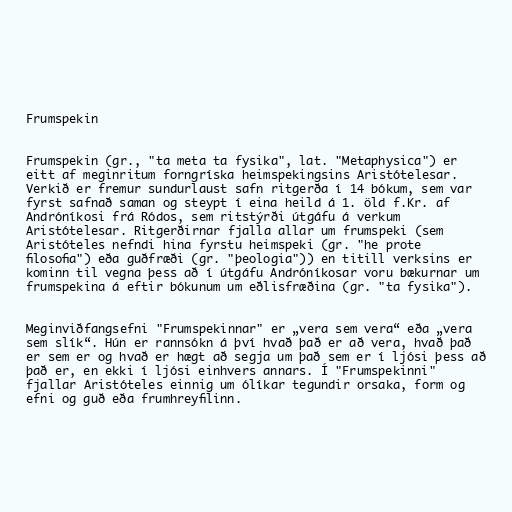
Frumspekin

Frumspekin (gr., "ta meta ta fysika", lat. "Metaphysica") er
eitt af meginritum forngríska heimspekingsins Aristótelesar.
Verkið er fremur sundurlaust safn ritgerða í 14 bókum, sem var
fyrst safnað saman og steypt í eina heild á 1. öld f.Kr. af
Andróníkosi frá Ródos, sem ritstýrði útgáfu á verkum
Aristótelesar. Ritgerðirnar fjalla allar um frumspeki (sem
Aristóteles nefndi hina fyrstu heimspeki (gr. "he prote
filosofia") eða guðfræði (gr. "þeologia")) en titill verksins er
kominn til vegna þess að í útgáfu Andróníkosar voru bækurnar um
frumspekina á eftir bókunum um eðlisfræðina (gr. "ta fysika").

Meginviðfangsefni "Frumspekinnar" er „vera sem vera“ eða „vera
sem slík“. Hún er rannsókn á því hvað það er að vera, hvað það
er sem er og hvað er hægt að segja um það sem er í ljósi þess að
það er, en ekki í ljósi einhvers annars. Í "Frumspekinni"
fjallar Aristóteles einnig um ólíkar tegundir orsaka, form og
efni og guð eða frumhreyfilinn.